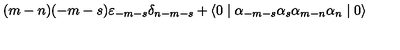
( m - n ) ( - m - s ) { \varepsilon } _ { - m - s } { \delta } _ { n - m - s } + \langle 0 \mid { \alpha } _ { - m - s } { \alpha } _ { s } { \alpha } _ { m - n } { \alpha } _ { n } \mid 0 \rangle